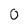
Character: 0